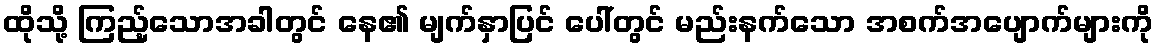
ထိုသို့ ကြည့်သောအခါတွင် နေ၏ မျက်နှာပြင် ပေါ်တွင် မည်းနက်သော အစက်အပျောက်များကို